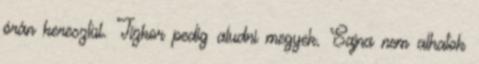
órán keresztül. Tízkor pedig aludni megyek. Sajna nem alhatok